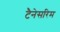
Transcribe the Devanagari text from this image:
टैनेसरिम